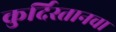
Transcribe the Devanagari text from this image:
कुर्दिस्तानचा